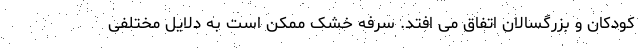
کودکان و بزرگسالان اتفاق می افتد. سرفه خشک ممکن است به دلایل مختلفی